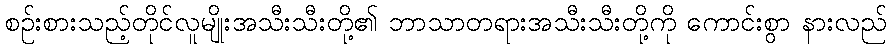
စဉ်းစားသည့်တိုင်လူမျိုးအသီးသီးတို့၏ ဘာသာတရားအသီးသီးတို့ကို ကောင်းစွာ နားလည်